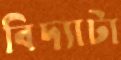
বিদ্যাটা